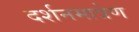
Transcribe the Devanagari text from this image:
दर्शनमात्रेण